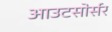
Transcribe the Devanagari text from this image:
आउटसोर्सर